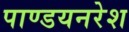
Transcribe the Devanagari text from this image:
पाण्डयनरेश